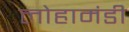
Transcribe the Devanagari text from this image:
लोहामंडी